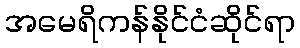
အမေရိကန်နိုင်ငံဆိုင်ရာ